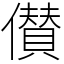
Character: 儧